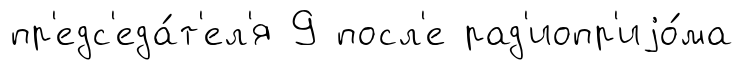
пр'едс'еда́т'ел'я 9 посл'е рад'иопр'иjо́ма